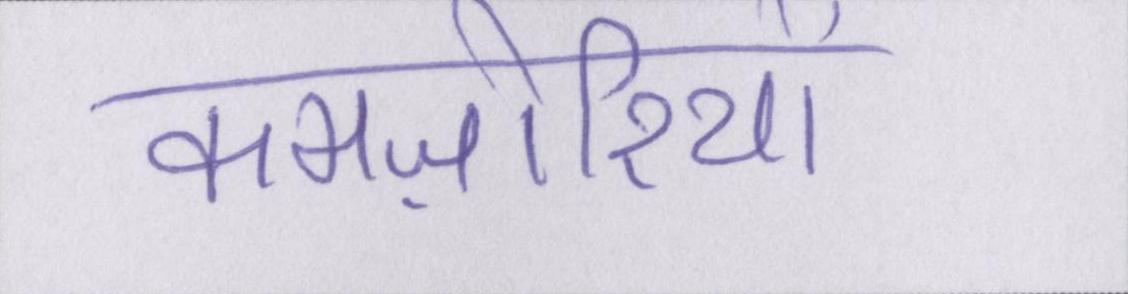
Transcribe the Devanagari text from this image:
कमज़ोरियों